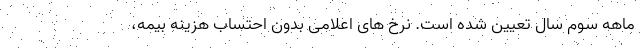
ماهه سوم سال تعیین شده است. نرخ های اعلامی بدون احتساب هزینه بیمه،